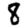
Digit: 8